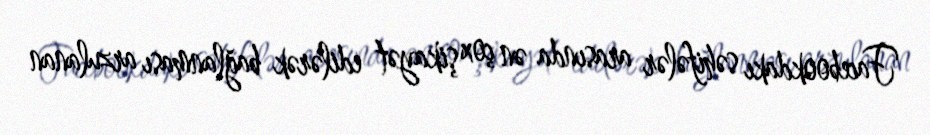
Facebookdakı səhifələr arasında ən çox şikayət edilərək bağlanması arzulanan